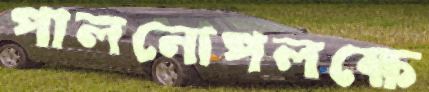
পালনোপলক্ষে